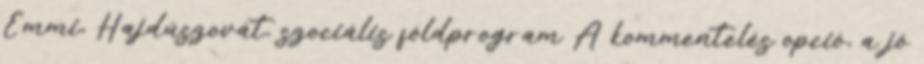
Emmi, Hajdúszovát, szociális földprogram A kommentelés opció, a jó